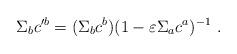
LaTeX: \begin{align*}\Sigma_b c'^{b} = (\Sigma_{b} c^{b}) (1-\varepsilon \Sigma_{a}c^{a})^{-1}~.\end{align*}